Vaccination in the Punjab 1919-1929 - 1919-1929
Year: 1919
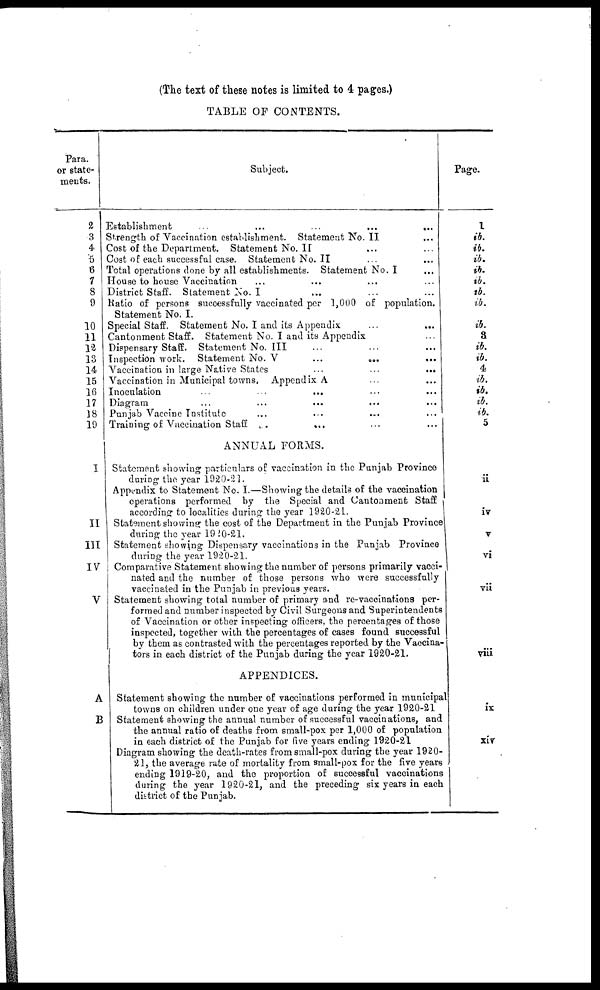
(The text of these notes is limited to 4 pages.)
TABLE OF CONTENTS.
Para.
or state-
ments.
2
3
4
5
6
7
8
9
10
11
12
13
14
15
16
17
18
19
I
II
III
IV
V
A
B
Subject.
Establishment
...
...
...
...
Strength of Vaccination establishment. Statement No. II ...
Cost of the Department. Statement No. II ... ...
Cost of each successful case. Statement No. II ... ...
Total operations done by all establishments. Statement No. I ...
House to house Vaccination ... ... ... ...
District Staff. Statement No. I ... ... ...
Ratio of persons successfully vaccinated per 1,000 of population.
Statement No. I.
Special Staff. Statement No. I and its Appendix ... ...
Cantonment Staff. Statement No. I and its Appendix ...
Dispensary Staff. Statement No. III ... ... ...
Inspection work. Statement No. V
...
...
...
Vaccination in large Native States
...
...
...
Vaccination in Municipal towns. Appendix A ... ...
Inoculation
...
...
...
Diagram ... ... ... ... ...
Punjab Vaccine Institute
Training of Vaccination Staff ...
... ... ...
ANNUAL FORMS.
Statement showing particulars of vaccination in the Punjab Province
during the year 1920-21.
Appendix to Statement No. I.—Showing the details of the vaccination
operations performed by the Special and Cantonment Staff
according to localities during the year 1920-21.
Statement showing the cost of the Department in the Punjab Province
during the year 1920-21.
Statement showing Dispensary vaccinations in the Punjab Province
during the year 1920-21.
Comparative Statement showing the number of persons primarily vacci-
nated and the number of those persons who were successfully
vaccinated in the Punjab in previous years.
Statement showing total number of primary and re-vaccinations per-
formed and number inspected by Civil Surgeons and Superintendents
of Vaccination or other inspecting officers, the percentages of those
inspected, together with the percentages of cases found successful
by them as contrasted with the percentages reported by the Vaccina-
tors in each district of the Punjab during the year 1920-21.
APPENDICES.
Statement showing the number of vaccinations performed in municipal
towns on children under one year of age during the year 1920-21
Statement showing the annual number of successful vaccinations, and
the annual ratio of deaths from small-pox per 1,000 of population
in each district of the Punjab for five years ending 1920-21
Diagram showing the death-rates from small-pox during the year 1920-
21, the average rate of mortality from small-pox for the five years
ending 1919-20, and the proportion of successful vaccinations
during the year 1920-21, and the preceding sir years in each
district of the Punjab.
Page.
1
ib.
ib.
ib.
ib.
ib.
ib.
ib.
ib.
3
ib.
ib.
4
ib.
ib.
ib.
ib.
5
ii
iv
v
vi
vii
viii
ix
xiv